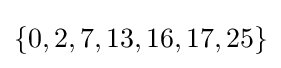
\{0,2,7,13,16,17,25\}